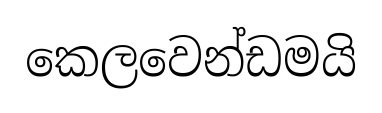
කෙලවෙන්ඩමයි